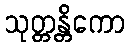
သုတ္တန္တိကော